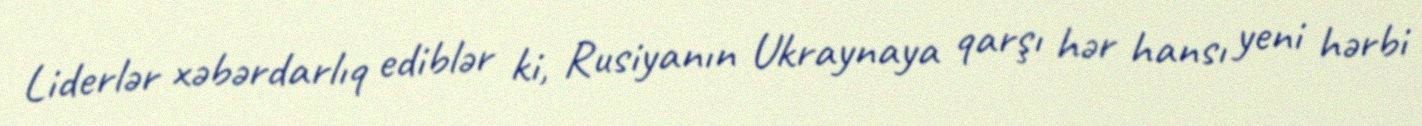
Liderlər xəbərdarlıq ediblər ki, Rusiyanın Ukraynaya qarşı hər hansı yeni hərbi